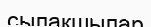
сылақшылар